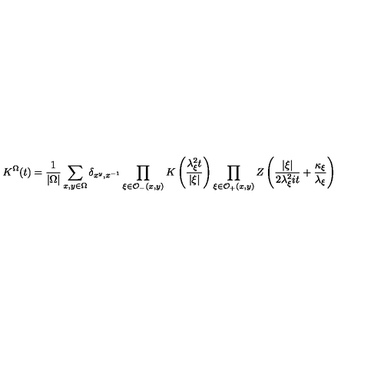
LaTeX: K ^ { \Omega } ( t ) = \frac { 1 } { \left| \Omega \right| } \sum _ { x , y \in \Omega } \delta _ { x ^ { y } , x ^ { - 1 } } \prod _ { \xi \in \mathcal { O } _ { - } ( x , y ) } K \left( \frac { \lambda _ { \xi } ^ { 2 } t } { \left| \xi \right| } \right) \prod _ { \xi \in \mathcal { O } _ { + } ( x , y ) } Z \left( \frac { \left| \xi \right| } { 2 \lambda _ { \xi } ^ { 2 } i t } + \frac { \kappa _ { \xi } } { \lambda _ { \xi } } \right)